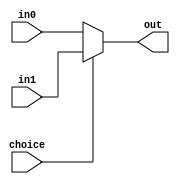
`timescale 1ns / 1ns
module Mux32(
    input choice,
    input[31:0] in0,
    input[31:0] in1,
    output[31:0] out
);
    assign out=choice?in1:in0;
endmodule